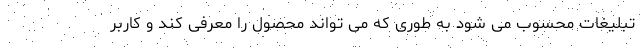
تبلیغات محسوب می شود به طوری که می تواند محصول را معرفی کند و کاربر